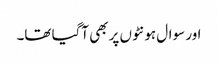
اور سوال ہونٹوں پر بھی آگیا تھا۔